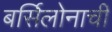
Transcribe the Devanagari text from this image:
बर्सिलोनाची